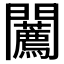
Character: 𨷳